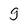
Character: g